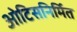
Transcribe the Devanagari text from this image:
ओटिसनिर्मित